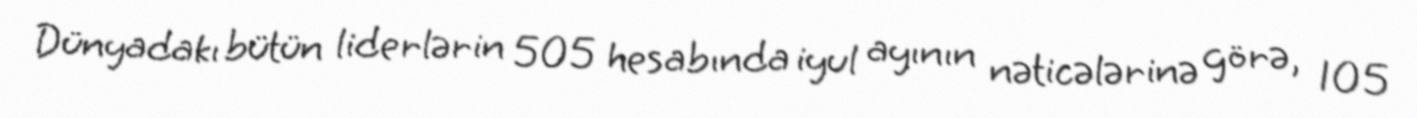
Dünyadakı bütün liderlərin 505 hesabında iyul ayının nəticələrinə görə, 105